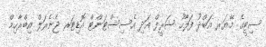
ސިޓީގެ މޭޔަރ އަބްދު ފަލާހު ޝަރީފް އަދި އެސިސްޓަންޓް އޮޑިޓަރ ޖެނެރަލް އިބްރާހިމް